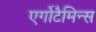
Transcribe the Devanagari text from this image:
एर्गोटैमिन्स